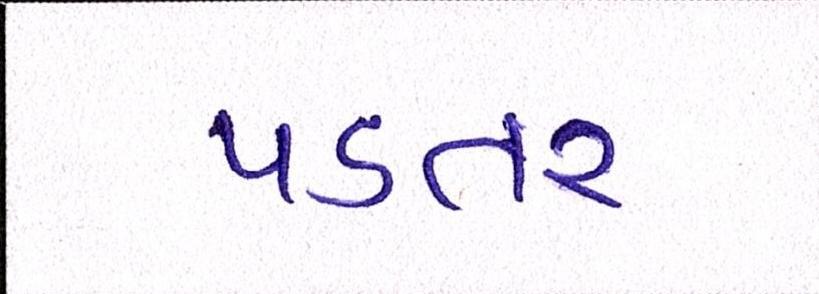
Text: પડતર